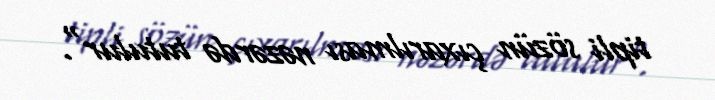
tipli sözün çıxarılması nəzərdə tutulur".